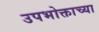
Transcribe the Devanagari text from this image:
उपभोक्ताच्या